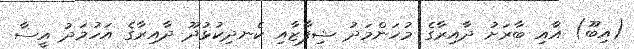
(އިބޫ) އާއި ބާރަށު ދާއިރާގެ މުހަންމަދު ޝިފާޒާއި ކެނދިކުޅުދޫ ދާއިރާގެ އަހުމަދު އީސާ